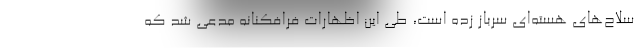
سلاح‌های هسته‌ای سرباز زده است، طی این اظهارات فرافکنانه مدعی شد که